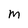
Character: M